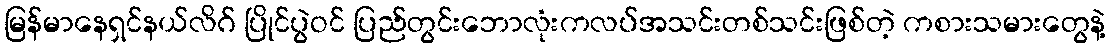
မြန်မာနေရှင်နယ်လိဂ် ပြိုင်ပွဲဝင် ပြည်တွင်းဘောလုံးကလပ်အသင်းတစ်သင်းဖြစ်တဲ့ ကစားသမားတွေနဲ့